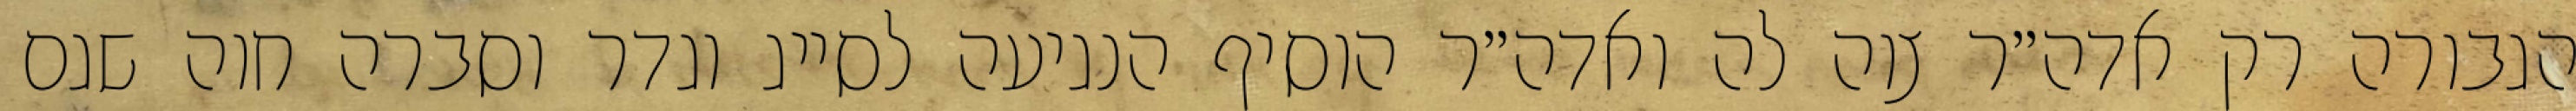
הגבורה רק אדה״ר צוה לה ואדה״ר הוסיף הנגיעה לסייג וגדר וסברה חוה שגם